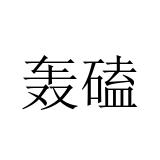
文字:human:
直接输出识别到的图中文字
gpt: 轰磕